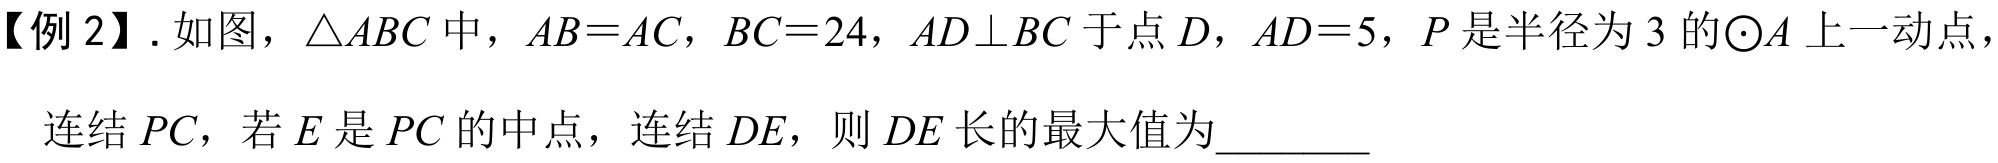
【例 2】. 如图，\(\triangle ABC\) 中，\(AB = AC\)，\(BC = 24\)，\(AD\perp BC\) 于点 \(D\)，\(AD = 5\)，\(P\) 是半径为 \(3\) 的\(\odot A\) 上一动点，
连结 \(PC\)，若 \(E\) 是 \(PC\) 的中点，连结 \(DE\)，则 \(DE\) 长的最大值为_________